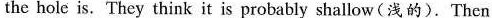
the hole is. They think it is probably shallow (浅的). Then